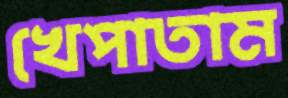
খেপাতাম